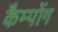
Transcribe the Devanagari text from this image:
कैम्पोंग